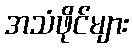
အသံဖိုင်များ